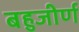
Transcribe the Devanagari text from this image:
बहुजीर्ण